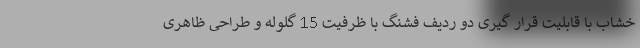
خشاب با قابلیت قرار گیری دو ردیف فشنگ با ظرفیت 15 گلوله و طراحی ظاهری